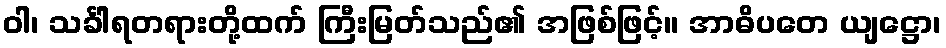
ဝါ၊ သင်္ခါရတရားတို့ထက် ကြီးမြတ်သည်၏ အဖြစ်ဖြင့်။ အာဓိပတေ ယျဋ္ဌော၊